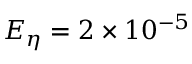
E _ { \eta } = 2 \times 1 0 ^ { - 5 }